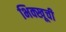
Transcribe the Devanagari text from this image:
भिक्खूची